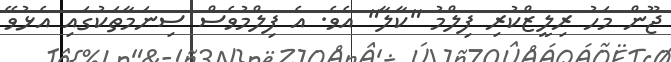
ޖޫން މަހު ރިލީޒްކުރި ފިލްމު "ކާލާ" އެވެ. އެ ފިލްމުވެސް ސިނަމާތަކުގައި އެޅުވޭ